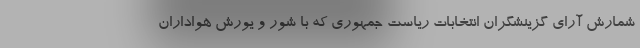
شمارش آرای گزینشگران انتخابات ریاست جمهوری که با شور و یورش هواداران